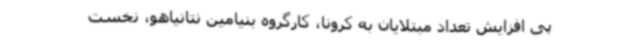
پی افزایش تعداد مبتلایان به کرونا، کارگروه بنیامین نتانیاهو، نخست